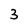
Character: 3